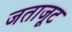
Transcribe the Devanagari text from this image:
जताजूट